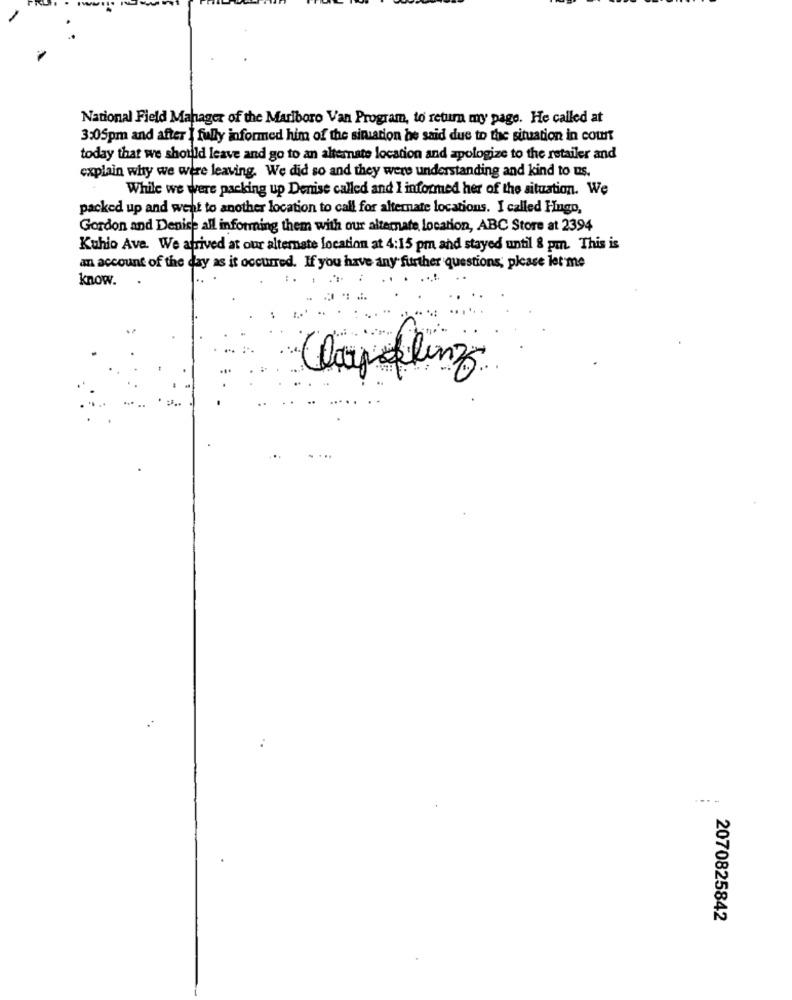
National Field Mahager of the Marlboro Van Program, to return my page. He called at
3:05pm and after I fully informed him of the simulation he said due to the situation in count
today that we should leave and go to an alternate location and apologize to the retailer and
explain why we were leaving. We did so and they were understanding and kind to us.
While we were packing up Denise called and I informed her of the situation. We
packed up and went to another location to call for alternate locations. I called Hugo,
Gordon and Denise all informing them with our alternate location, ABC Store at 2394
Kuhio Ave. We arrived at our alternate location at 4:15 pm and stayed until 8 pm. This is
an account of the day as it occurred. If you have any further questions, please let me
know.
.
Claraflenz
2070825842